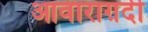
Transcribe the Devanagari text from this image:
आवाराग़र्दी